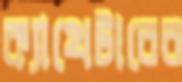
ক্যাথেটারের